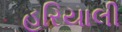
હરિયાલી